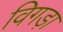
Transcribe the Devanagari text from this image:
विगड़ा